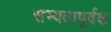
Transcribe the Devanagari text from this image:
सभ्यतापूर्वक